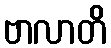
ဗာလာတိ